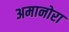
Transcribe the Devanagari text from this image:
अमानोरा